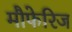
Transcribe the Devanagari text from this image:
मौफेरिज